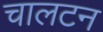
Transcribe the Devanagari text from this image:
चालटन